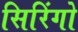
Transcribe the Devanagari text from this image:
सिरिंगो